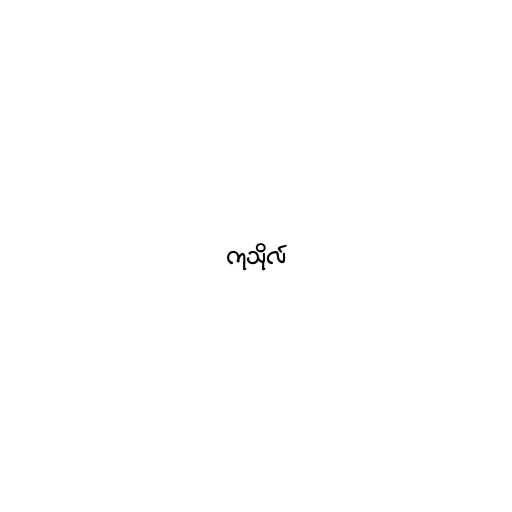
ကုသိုလ်